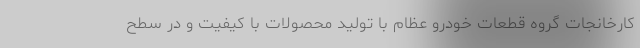
کارخانجات گروه قطعات خودرو عظام با تولید محصولات با کیفیت و در سطح